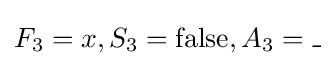
F_{3}=x,S_{3}=\operatorname {false} ,A_{3}=\_